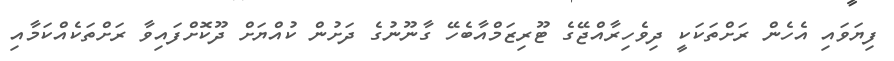
ފިޔަވައި އެހެން ރަށްތަކަކީ ދިވެހިރާއްޖޭގެ ޓޫރިޒަމްއާބެހޭ ގާނޫނުގެ ދަށުން ކުއްޔަށް ދޫކޮށްފައިވާ ރަށްތަކެއްކަމާއި